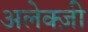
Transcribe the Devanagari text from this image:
अलेक्ज़ी